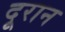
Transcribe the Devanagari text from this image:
दूरान